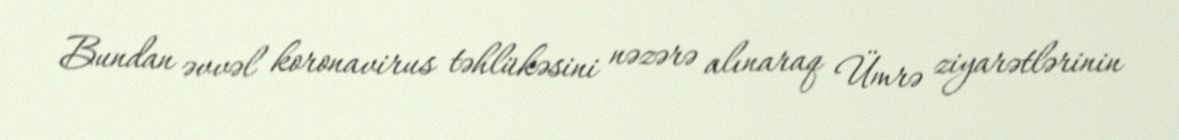
Bundan əvvəl koronavirus təhlükəsini nəzərə alınaraq Ümrə ziyarətlərinin